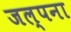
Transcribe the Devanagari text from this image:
जल्पना